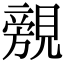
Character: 覫